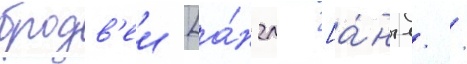
бродв'еи [а́нгл. [а́нгл. /